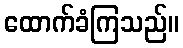
ထောက်ခံကြသည်။